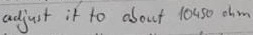
Text: adjust it to about 10450Ω